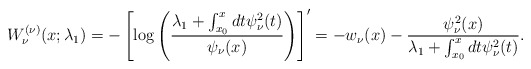
\begin{gather*} W_{\nu }^{(\nu) }(x;\lambda _{1})=-\left[ \log \left( \frac{ \lambda _{1}+\int_{x_{0}}^{x}dt\psi _{\nu }^{2}(t)}{\psi _{\nu }(x)}\right) \right] ^{\prime }=-w_{\nu }(x)-\frac{\psi _{\nu }^{2}(x)}{\lambda _{1}+\int_{x_{0}}^{x}dt\psi _{\nu }^{2}(t)}.\end{gather*}